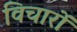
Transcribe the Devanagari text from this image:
विचारों